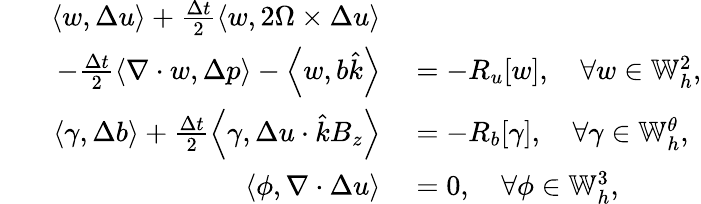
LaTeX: \begin{array}{rl}{\left\langle w,\Delta u\right\rangle+\frac{\Delta t}{2}\left\langle w,2\Omega\times\Delta u\right\rangle}&{{}}\\ {\qquad-\frac{\Delta t}{2}\left\langle\nabla\cdot w,\Delta p\right\rangle-\left\langle w,b\hat{k}\right\rangle}&{{}=-R_{u}[w],\quad\forall w\in\mathbb{W}_{h}^{2},}\\ {\left\langle\gamma,\Delta b\right\rangle+\frac{\Delta t}{2}\left\langle\gamma,\Delta u\cdot\hat{k}B_{z}\right\rangle}&{{}=-R_{b}[\gamma],\quad\forall\gamma\in\mathbb{W}_{h}^{\theta},}\\ {\left\langle\phi,\nabla\cdot\Delta u\right\rangle}&{{}=0,\quad\forall\phi\in\mathbb{W}_{h}^{3},}\end{array}